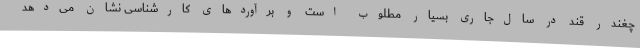
چغندر قند در سال‌جاری بسیار مطلوب است و برآوردهای کارشناسی نشان می‌دهد